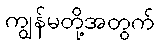
ကျွန်မတို့အတွက်